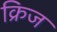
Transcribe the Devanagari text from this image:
क्रिज